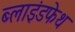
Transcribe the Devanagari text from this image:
ब्लाइंडफेथ